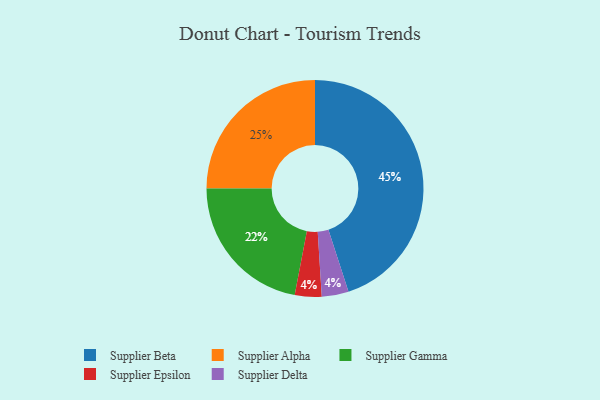
{"axis": {"x": "Category", "y": "Percentage"}, "legend": ["Supplier Alpha", "Supplier Beta", "Supplier Delta", "Supplier Epsilon", "Supplier Gamma"], "data": [{"x": "Supplier Beta", "y": 45, "type": "Supplier Beta"}, {"x": "Supplier Gamma", "y": 22, "type": "Supplier Gamma"}, {"x": "Supplier Epsilon", "y": 4, "type": "Supplier Epsilon"}, {"x": "Supplier Delta", "y": 4, "type": "Supplier Delta"}, {"x": "Supplier Alpha", "y": 25, "type": "Supplier Alpha"}]}